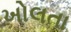
ખોલતા